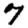
Digit: 7